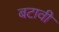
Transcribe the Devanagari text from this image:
बटावी